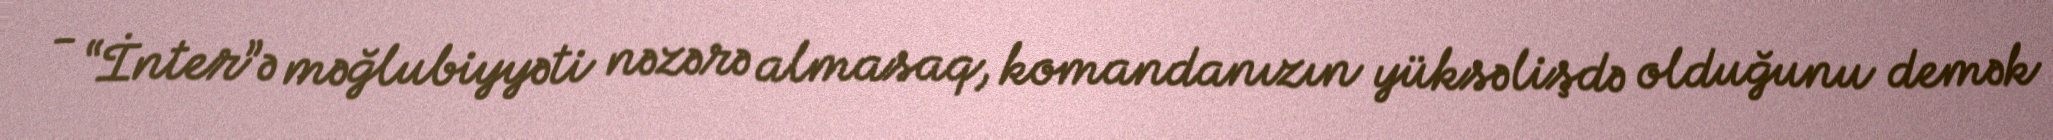
- “İnter”ə məğlubiyyəti nəzərə almasaq, komandanızın yüksəlişdə olduğunu demək